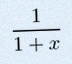
\frac{1}{1+x}